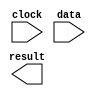
// megafunction wizard: %ALTFP_SQRT%VBB%
// GENERATION: STANDARD
// VERSION: WM1.0
// MODULE: altfp_sqrt 

// ============================================================
// Megafunction Name(s):
// 			altfp_sqrt
//
// Simulation Library Files(s):
// 			lpm
// ============================================================
// ************************************************************
// THIS IS A WIZARD-GENERATED FILE. DO NOT EDIT THIS FILE!
//
// 9.1 Build 222 10/21/2009 SJ Full Version
// ************************************************************

//Copyright (C) 1991-2009 Altera Corporation
//Your use of Altera Corporation's design tools, logic functions 
//and other software and tools, and its AMPP partner logic 
//functions, and any output files from any of the foregoing 
//(including device programming or simulation files), and any 
//associated documentation or information are expressly subject 
//to the terms and conditions of the Altera Program License 
//Subscription Agreement, Altera MegaCore Function License 
//Agreement, or other applicable license agreement, including, 
//without limitation, that your use is for the sole purpose of 
//programming logic devices manufactured by Altera and sold by 
//Altera or its authorized distributors.  Please refer to the 
//applicable agreement for further details.

module sqrt2 (
	clock,
	data,
	result)/* synthesis synthesis_clearbox = 1 */;

	input	  clock;
	input	[63:0]  data;
	output	[63:0]  result;

endmodule

// ============================================================
// CNX file retrieval info
// ============================================================
// Retrieval info: PRIVATE: FPM_FORMAT NUMERIC "1"
// Retrieval info: PRIVATE: INTENDED_DEVICE_FAMILY STRING "Stratix II"
// Retrieval info: PRIVATE: SYNTH_WRAPPER_GEN_POSTFIX STRING "0"
// Retrieval info: LIBRARY: altera_mf altera_mf.altera_mf_components.all
// Retrieval info: CONSTANT: INTENDED_DEVICE_FAMILY STRING "Stratix II"
// Retrieval info: CONSTANT: PIPELINE NUMERIC "57"
// Retrieval info: CONSTANT: ROUNDING STRING "TO_NEAREST"
// Retrieval info: CONSTANT: WIDTH_EXP NUMERIC "11"
// Retrieval info: CONSTANT: WIDTH_MAN NUMERIC "52"
// Retrieval info: USED_PORT: clock 0 0 0 0 INPUT NODEFVAL "clock"
// Retrieval info: USED_PORT: data 0 0 64 0 INPUT NODEFVAL "data[63..0]"
// Retrieval info: USED_PORT: result 0 0 64 0 OUTPUT NODEFVAL "result[63..0]"
// Retrieval info: CONNECT: @data 0 0 64 0 data 0 0 64 0
// Retrieval info: CONNECT: result 0 0 64 0 @result 0 0 64 0
// Retrieval info: CONNECT: @clock 0 0 0 0 clock 0 0 0 0
// Retrieval info: GEN_FILE: TYPE_NORMAL sqrt2.v TRUE
// Retrieval info: GEN_FILE: TYPE_NORMAL sqrt2.inc FALSE
// Retrieval info: GEN_FILE: TYPE_NORMAL sqrt2.cmp FALSE
// Retrieval info: GEN_FILE: TYPE_NORMAL sqrt2.bsf FALSE
// Retrieval info: GEN_FILE: TYPE_NORMAL sqrt2_inst.v FALSE
// Retrieval info: GEN_FILE: TYPE_NORMAL sqrt2_bb.v TRUE
// Retrieval info: LIB_FILE: lpm